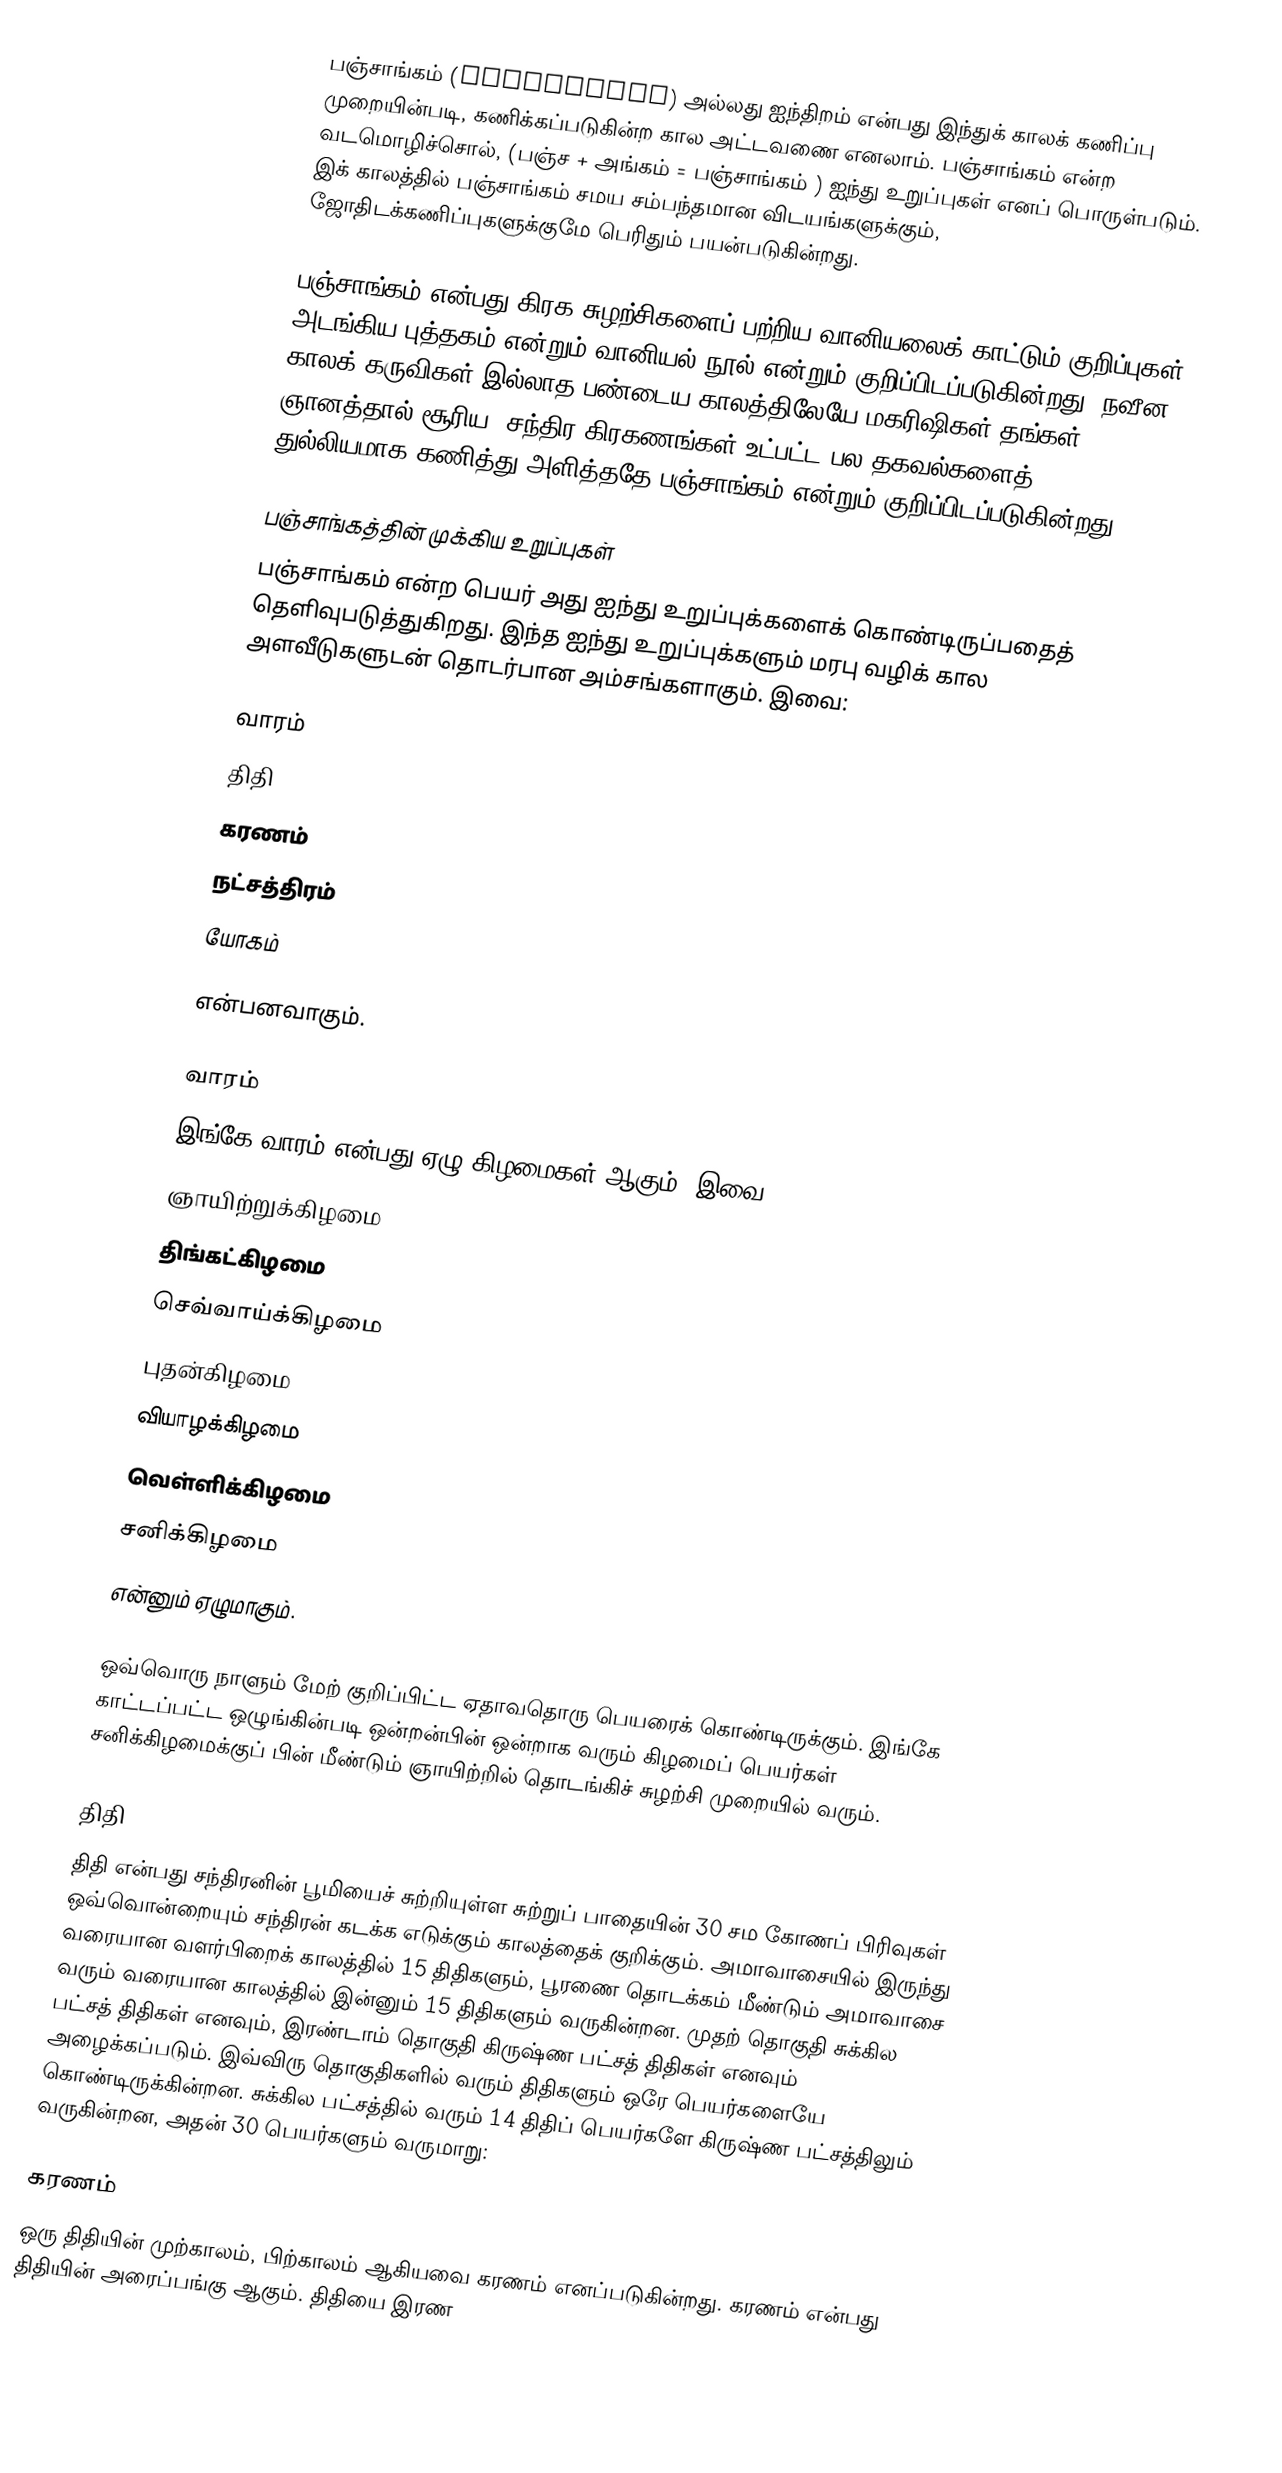
பஞ்சாங்கம் (Panchangam) அல்லது ஐந்திறம் என்பது இந்துக் காலக் கணிப்பு முறையின்படி, கணிக்கப்படுகின்ற கால அட்டவணை எனலாம். பஞ்சாங்கம் என்ற வடமொழிச்சொல், (பஞ்ச + அங்கம் = பஞ்சாங்கம் ) ஐந்து உறுப்புகள் எனப் பொருள்படும். இக் காலத்தில் பஞ்சாங்கம் சமய சம்பந்தமான விடயங்களுக்கும், ஜோதிடக்கணிப்புகளுக்குமே பெரிதும் பயன்படுகின்றது.

பஞ்சாங்கம் என்பது கிரக சுழற்சிகளைப் பற்றிய வானியலைக் காட்டும் குறிப்புகள் அடங்கிய புத்தகம் என்றும் வானியல் நூல் என்றும் குறிப்பிடப்படுகின்றது. நவீன காலக் கருவிகள் இல்லாத பண்டைய காலத்திலேயே மகரிஷிகள் தங்கள் ஞானத்தால் சூரிய, சந்திர கிரகணங்கள் உட்பட்ட பல தகவல்களைத் துல்லியமாக கணித்து அளித்ததே பஞ்சாங்கம் என்றும் குறிப்பிடப்படுகின்றது.

பஞ்சாங்கத்தின் முக்கிய உறுப்புகள்
பஞ்சாங்கம் என்ற பெயர் அது ஐந்து உறுப்புக்களைக் கொண்டிருப்பதைத் தெளிவுபடுத்துகிறது. இந்த ஐந்து உறுப்புக்களும் மரபு வழிக் கால அளவீடுகளுடன் தொடர்பான அம்சங்களாகும். இவை:

 வாரம்
 திதி
 கரணம்
 நட்சத்திரம்
 யோகம்

என்பனவாகும்.

வாரம்
இங்கே வாரம் என்பது ஏழு கிழமைகள் ஆகும். இவை:
 ஞாயிற்றுக்கிழமை
 திங்கட்கிழமை
 செவ்வாய்க்கிழமை
 புதன்கிழமை
 வியாழக்கிழமை
 வெள்ளிக்கிழமை
 சனிக்கிழமை
என்னும் ஏழுமாகும்.

ஒவ்வொரு நாளும் மேற் குறிப்பிட்ட ஏதாவதொரு பெயரைக் கொண்டிருக்கும். இங்கே காட்டப்பட்ட ஒழுங்கின்படி ஒன்றன்பின் ஒன்றாக வரும் கிழமைப் பெயர்கள் சனிக்கிழமைக்குப் பின் மீண்டும் ஞாயிற்றில் தொடங்கிச் சுழற்சி முறையில் வரும்.

திதி
திதி என்பது சந்திரனின் பூமியைச் சுற்றியுள்ள சுற்றுப் பாதையின் 30 சம கோணப் பிரிவுகள் ஒவ்வொன்றையும் சந்திரன் கடக்க எடுக்கும் காலத்தைக் குறிக்கும். அமாவாசையில் இருந்து  வரையான வளர்பிறைக் காலத்தில் 15 திதிகளும், பூரணை தொடக்கம் மீண்டும் அமாவாசை வரும் வரையான காலத்தில் இன்னும் 15  திதிகளும் வருகின்றன. முதற் தொகுதி சுக்கில பட்சத் திதிகள் எனவும், இரண்டாம் தொகுதி கிருஷ்ண பட்சத் திதிகள் எனவும் அழைக்கப்படும். இவ்விரு தொகுதிகளில் வரும் திதிகளும் ஒரே பெயர்களையே கொண்டிருக்கின்றன. சுக்கில பட்சத்தில் வரும் 14 திதிப் பெயர்களே  கிருஷ்ண பட்சத்திலும் வருகின்றன, அதன் 30 பெயர்களும் வருமாறு:

கரணம்
ஒரு திதியின் முற்காலம், பிற்காலம் ஆகியவை கரணம் எனப்படுகின்றது. கரணம் என்பது திதியின் அரைப்பங்கு ஆகும். திதியை இரண